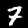
Label: 7